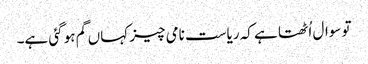
تو سوال اُٹھتا ہے کہ ریاست نامی چیز کہاں گم ہو گئی ہے۔